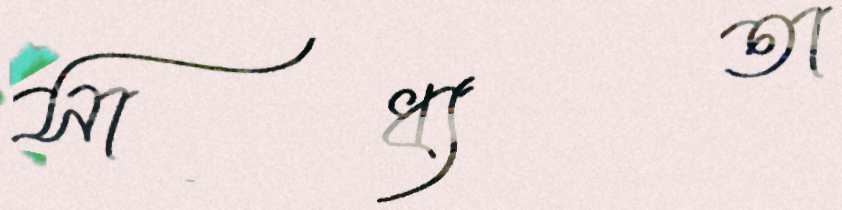
সাধ্যতা